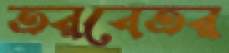
তরবেতর